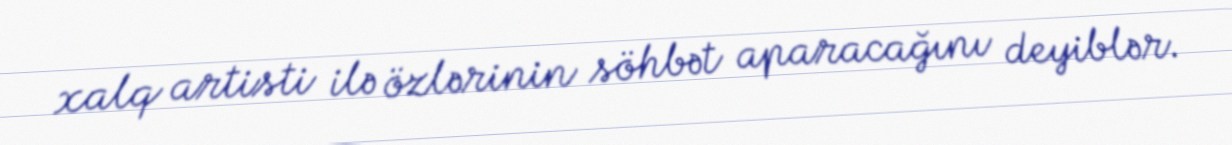
xalq artisti ilə özlərinin söhbət aparacağını deyiblər.